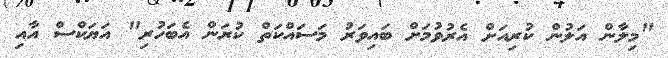
"މިލާން އަލުން ކުރިއަށް އެރުވުމަށް ބައިވަރު މަސައްކަތް ކުރަން އެބަހުރި" އަޔަކްސް އާއި